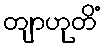
တျာဟုတိံ